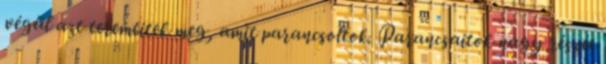
végül azt teremtitek meg, amit parancsoltok. Parancsaitok nagy részét